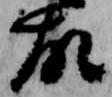
故